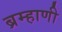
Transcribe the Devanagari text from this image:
ब्रम्हाणी